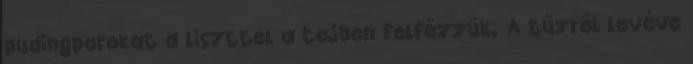
pudingporokat a liszttel a tejben felfőzzük. A tűzről levéve